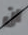
ان